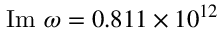
\mathrm { I m } ~ \omega = 0 . 8 1 1 \times 1 0 ^ { 1 2 }